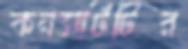
কনসার্টটির